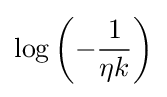
\log \left(-{\frac {1}{\eta k}}\right)